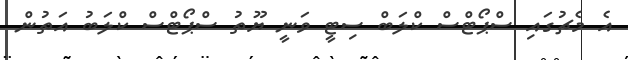
އެ މެޗުގައި ސްޕޯޓްސް ކްލަބް ސިޓީ ވަނީ ޔޫތު ސްޕޯޓްސް ކްލަބު އަތުން